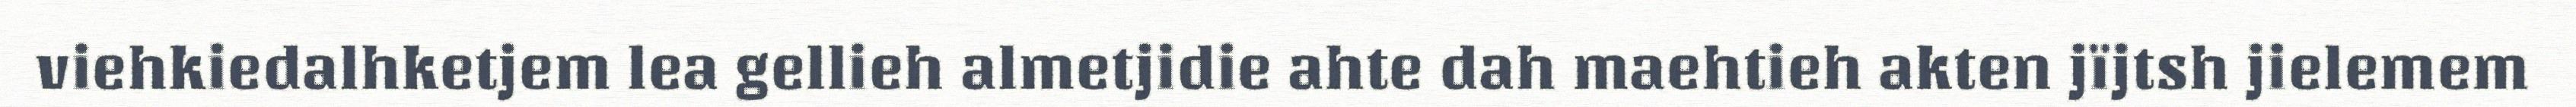
viehkiedalhketjem lea gellieh almetjidie ahte dah maehtieh akten jïjtsh jielemem